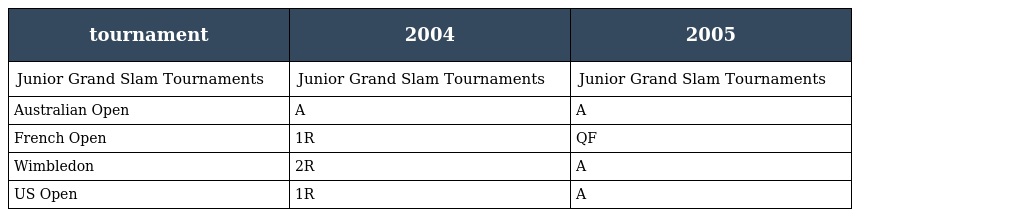
| tournament | 2004 | 2005 |
 | --- | --- | --- |
 | Junior Grand Slam Tournaments | Junior Grand Slam Tournaments | Junior Grand Slam Tournaments |
 | Australian Open | A | A |
 | French Open | 1R | QF |
 | Wimbledon | 2R | A |
 | US Open | 1R | A |